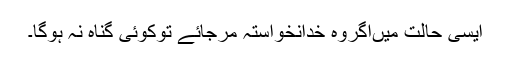
ایسی حالت میںاگروہ خدانخواستہ مرجائے توکوئی گناہ نہ ہوگا۔